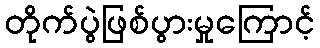
တိုက်ပွဲဖြစ်ပွားမှုကြောင့်